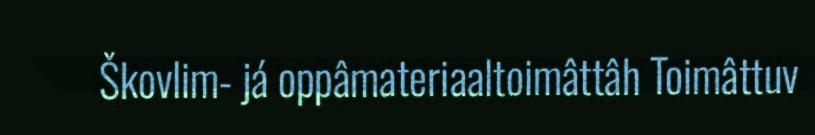
Škovlim- já oppâmateriaaltoimâttâh Toimâttuv